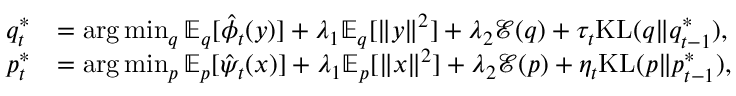
\begin{array} { r l } { q _ { t } ^ { * } } & { = \arg \operatorname* { m i n } _ { q } \mathbb { E } _ { q } [ \hat { \phi } _ { t } ( y ) ] + \lambda _ { 1 } \mathbb { E } _ { q } [ \| y \| ^ { 2 } ] + \lambda _ { 2 } \mathcal { E } ( q ) + \tau _ { t } \mathrm { K L } ( q \| q _ { t - 1 } ^ { * } ) , } \\ { p _ { t } ^ { * } } & { = \arg \operatorname* { m i n } _ { p } \mathbb { E } _ { p } [ \hat { \psi } _ { t } ( x ) ] + \lambda _ { 1 } \mathbb { E } _ { p } [ \| x \| ^ { 2 } ] + \lambda _ { 2 } \mathcal { E } ( p ) + \eta _ { t } \mathrm { K L } ( p \| p _ { t - 1 } ^ { * } ) , } \end{array}